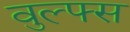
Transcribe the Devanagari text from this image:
वुल्फ्स